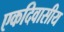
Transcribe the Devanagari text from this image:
एकदिवासीय